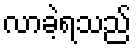
လာခဲ့ရသည်